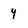
Character: 4